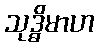
သုဒ္ဓိမာဟ